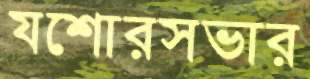
যশোরসভার